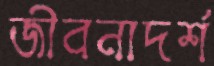
জীবনাদর্শ